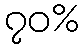
၇၀%